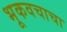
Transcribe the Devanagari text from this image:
भूकवचाचा